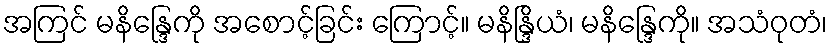
အကြင် မနိန္ဒြေကို အစောင့်ခြင်း ကြောင့်။ မနိန္ဒြိယံ၊ မနိန္ဒြေကို။ အသံဝုတံ၊